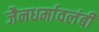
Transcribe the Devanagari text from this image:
जैनधर्मावलंबी